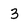
Character: 3